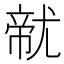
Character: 𱚭